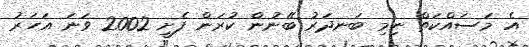
އެ މަސައްކަތް ނިމި ބަނދަރު ބޭނުން ކުރަން ފެށީ 2002 ވަނަ އަހަރު